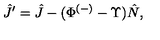
\hat { J } ^ { \prime } = \hat { J } - ( \Phi ^ { ( - ) } - \Upsilon ) \hat { N } ,